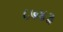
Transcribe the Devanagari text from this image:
८७४३